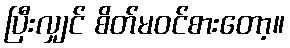
ပြီးလျှင် စိတ်မဝင်စားတော့။